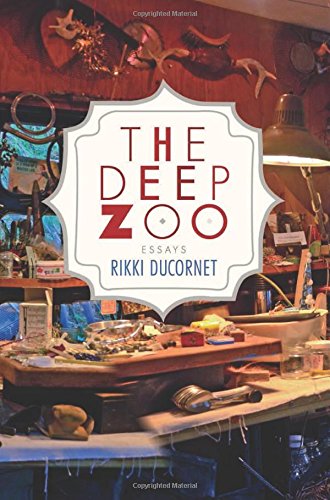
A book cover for The Deep Zoo; Rikki Ducornet; Literature & Fiction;